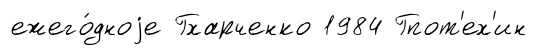
ежего́дноjе Гхарченко 1984 Гпот'ех'ин